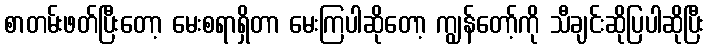
စာတမ်းဖတ်ပြီးတော့ မေးစရာရှိတာ မေးကြပါဆိုတော့ ကျွန်တော့်ကို သီချင်းဆိုပြပါဆိုပြီး